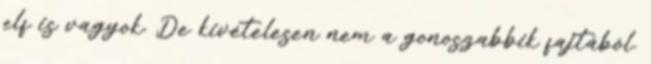
elf is vagyok. De kivételesen nem a gonoszabbik fajtából.